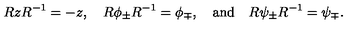
R z R ^ { - 1 } = - z , \quad R \phi _ { \pm } R ^ { - 1 } = \phi _ { \mp } , \quad \mathrm { a n d } \quad R \psi _ { \pm } R ^ { - 1 } = \psi _ { \mp } .